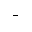
_ { - }